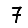
Digit: 7